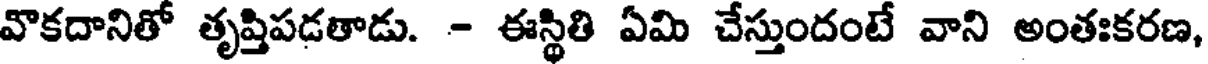
వొకదానితో తృప్తిపడతాడు. - ఈస్థితి ఏమి చేస్తుందంటే వాని అంతఃకరణ,